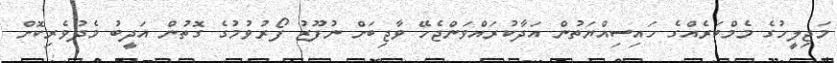
މަޖިލީހުގެ މެމްބަރެއްގެ ހައިސިއްޔަތުން އަދާކުރައްވަންޖެހޭ ވާޖިބަށް ނުފޫޒު ފޯރުވުމުގެ ގޮތުން އަދީބު މެދުވެރިކޮށް